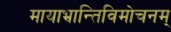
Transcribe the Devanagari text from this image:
मायाभ्रान्तिविमोचनम्